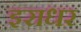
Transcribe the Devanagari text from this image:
इराधर